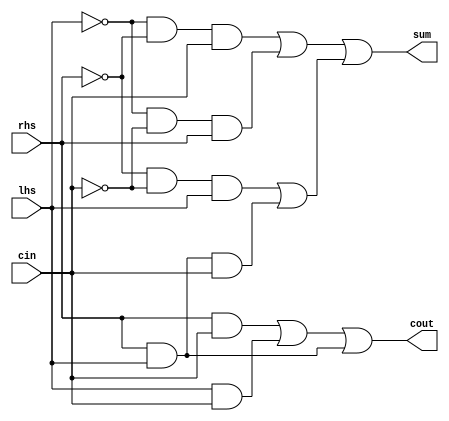
module OneBitFullAdderDirect(
  input wire lhs,
  input wire rhs,
  input wire cin,
  output wire sum,
  output wire cout
);

  // Invert inputs
  not(lhs_, lhs);
  not(rhs_, rhs);
  not(cin_, cin);

  // Compute sum products
  and(lhs_rhs_, lhs_, rhs_);
  and(lhs_cin_, lhs_, cin_);
  and(rhs_cin_, rhs_, cin_);
  and(rhslhs, rhs, lhs);

  and(lhs_rhs_cin, lhs_rhs_, cin);
  and(lhs_cin_rhs, lhs_cin_, rhs);
  and(rhs_cin_lhs, rhs_cin_, lhs);
  and(rhslhscin, rhslhs, cin);

  // Compute cout products
  and(rhs_and_cin, rhs, cin);
  and(lhs_and_cin, lhs, cin);
  and(lhs_and_rhs, lhs, rhs);

  // Compute sum sums
  or(left_sum_buffer, lhs_rhs_cin, lhs_cin_rhs);
  or(right_sum_buffer, rhs_cin_lhs, rhslhscin);
  or(sum, left_sum_buffer, right_sum_buffer);

  // Compute cout sums
  or(cout_buffer, rhs_and_cin, lhs_and_cin);
  or(cout, cout_buffer, lhs_and_rhs);

endmodule // OneBitFullAdderDirect


module OneBitFullAdderDirectTest;

  reg cin;
  reg lhs;
  reg rhs;
  wire sum;
  wire cout;

  OneBitFullAdderDirect oneBitFullAdderDirect(lhs, rhs, cin, sum, cout);

  initial begin
    $monitor("cin = %d, lhs = %d, rhs = %d, sum = %d, cout = %d", cin, lhs, rhs, sum, cout);
    cin = 0; lhs = 0; rhs = 0;
    #20; cin = 0; lhs = 0; rhs = 1;
    #20; cin = 0; lhs = 1; rhs = 0;
    #20; cin = 0; lhs = 1; rhs = 1;
    #20; cin = 1; lhs = 0; rhs = 0;
    #20; cin = 1; lhs = 0; rhs = 1;
    #20; cin = 1; lhs = 1; rhs = 0;
    #20; cin = 1; lhs = 1; rhs = 1;
  end

endmodule // OneBitFullAdderDirectTest